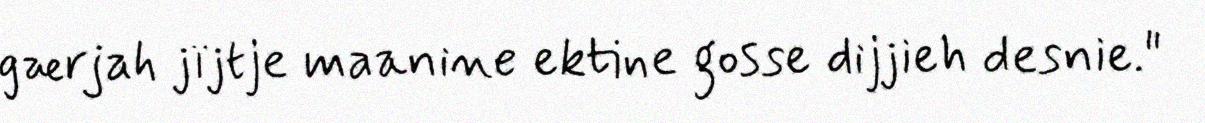
gærjah jïjtje maanine ektine gosse dijjieh desnie."